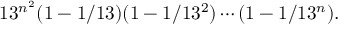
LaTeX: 1 3 ^ { n ^ { 2 } } ( 1 - 1 / 1 3 ) ( 1 - 1 / 1 3 ^ { 2 } ) \cdots ( 1 - 1 / 1 3 ^ { n } ) .